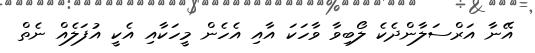
އޭނާ އަރްސަލާންދެކެ ލޯބިވާ ވާހަކަ އާއި އެހެން މީހަކާއި އެކީ އުފަލެއް ނެތް